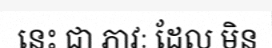
នេះ ជា ភាវៈ ដែល មិន